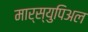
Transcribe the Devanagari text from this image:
मार्स्युपिअल